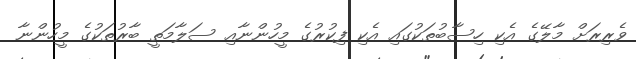
ވެރިރަށް މާލޭގެ އެކި ހިސާބުތަކުގައި އެކި ފިކުރުގެ މީހުންނާއި ސަލާމަތީ ބާރުތަކުގެ މީހުންނާ